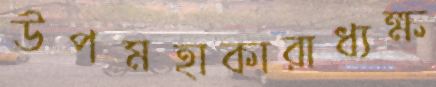
উপমহাকারাধ্যক্ষ